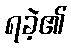
ရခဲ့၏